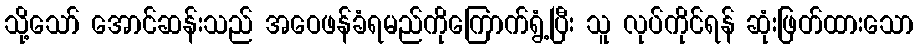
သို့သော် အောင်ဆန်းသည် အဝေဖန်ခံရမည်ကိုကြောက်ရွံ့ပြီး သူ လုပ်ကိုင်ရန် ဆုံးဖြတ်ထားသော